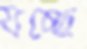
যচ্ছে